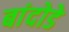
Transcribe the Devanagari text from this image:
बांदोडे